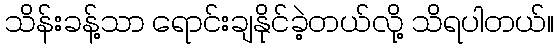
သိန်းခန့်သာ ရောင်းချနိုင်ခဲ့တယ်လို့ သိရပါတယ်။